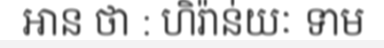
អាន ថា : ហិរ៉ាន់យៈ ទាម